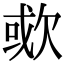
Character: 㰲